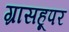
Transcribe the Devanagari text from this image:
ग्रासहूपर